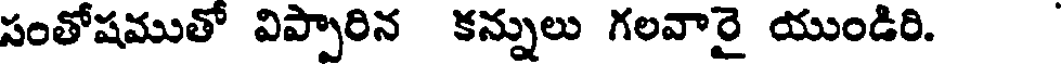
సంతోషముతో విప్పారిన కన్నులు గలవారై యుండిరి.